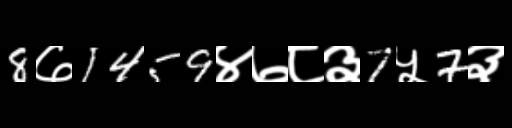
Text: 8७1459४७८३7५7३